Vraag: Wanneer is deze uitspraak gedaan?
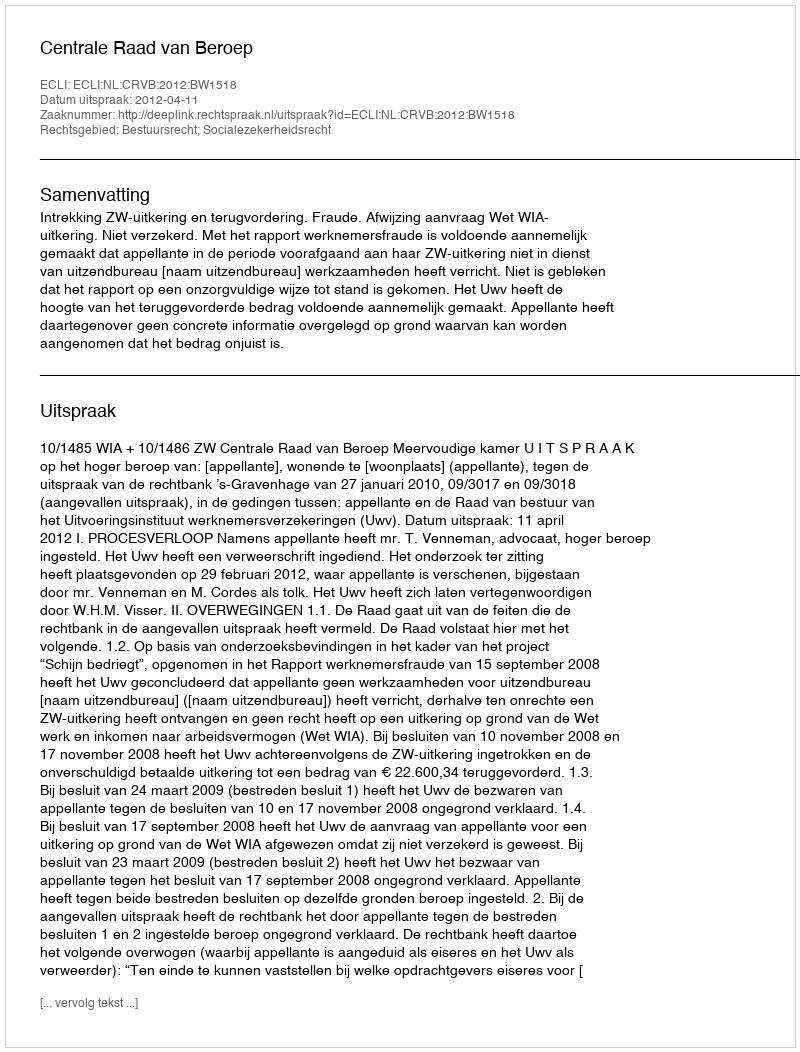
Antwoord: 2012-04-11